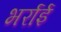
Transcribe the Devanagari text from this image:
भर्राई